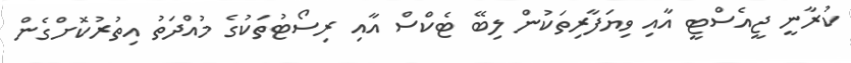
ކުރާނީ ޖީއެސްޓީ އާއި ވިޔަފާރިތަކުން ލިބޭ ޓެކްސް އާއި ރިސޯޓުތަކުގެ މުއްދަތު އިތުރުކޮށްގެން